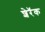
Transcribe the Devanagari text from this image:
शेरॅक